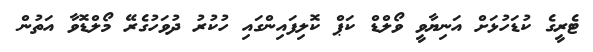
ޓެރީގެ ކުޑަހުޅަށް އަނިޔާވީ ވޯލްޑް ކަޕް ކޮލިފައިންގައި ހުކުރު ދުވަހުގެރޭ މޯލްޑޮވާ އަތުން